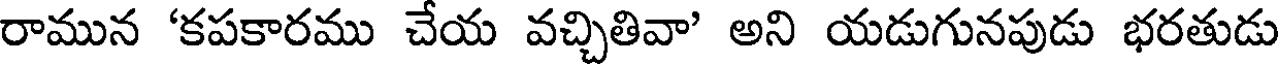
రామున 'కపకారము చేయ వచ్చితివా' అని యడుగునపుడు భరతుడు